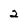
Character: 2